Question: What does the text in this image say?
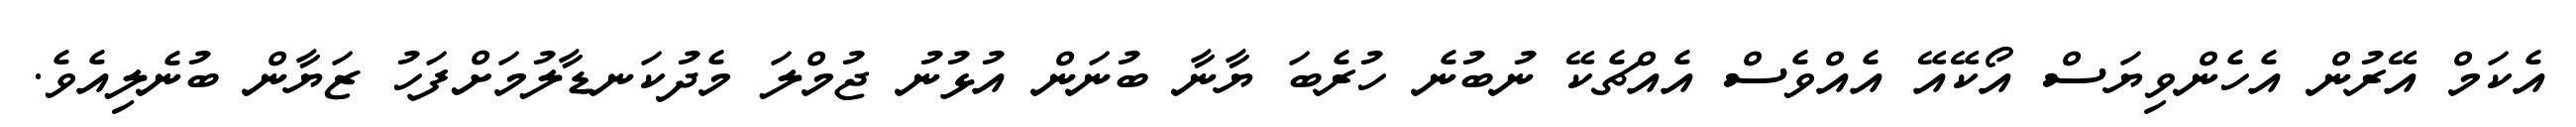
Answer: އެކަމް އޭރުން އެހެންވިޔަސް އޯކޭއޭ އެއްވެސް އެއްޗެކޭ ނުބުނެ ހުރެބަ ޔާނާ ބުނަން އުޅުނު ޖުމްލަ މެދުކަނޑާލުމަށްފަހު ޒަޔާން ބުނެލިއެވެ.